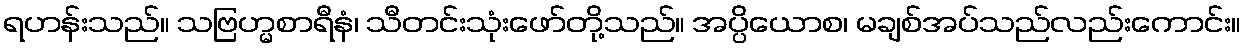
ရဟန်းသည်။ သဗြဟ္မစာရီနံ၊ သီတင်းသုံးဖော်တို့သည်။ အပ္ပိယောစ၊ မချစ်အပ်သည်လည်းကောင်း။